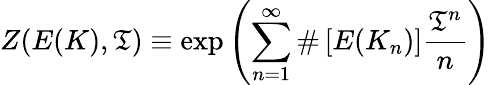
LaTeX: Z(E(K),\mathfrak{T})\equiv\exp\left(\sum_{n=1}^{\infty}\# \left[E(K_{n})\right]{\frac{{\mathfrak{T}^{n}}}{{n}}}\right)